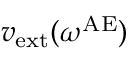
v _ { \mathrm { e x t } } ( \omega ^ { \mathrm { A E } } )